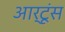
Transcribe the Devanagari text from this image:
आर्टूंस